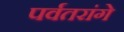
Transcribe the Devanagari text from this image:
पर्वतरांगे